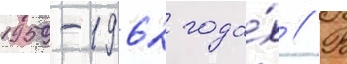
1959-1962 года́х // В